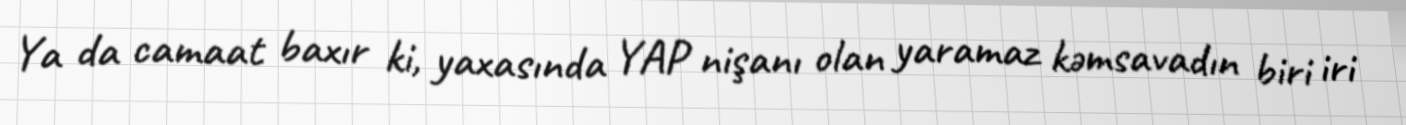
Ya da camaat baxır ki, yaxasında YAP nişanı olan yaramaz kəmsavadın biri iri